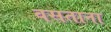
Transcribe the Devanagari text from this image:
वसताना